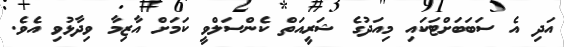
އަދި އެ ސަބަބަށްޓަކައި މިއަދުގެ ޝަރީއަތް ކެންސަލްވީ ކަމަށް އާޒިމާ ވިދާޅުވި އެވެ.